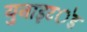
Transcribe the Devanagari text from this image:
युनाइट॓ड